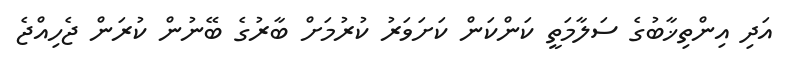
އަދި އިންތިޚާބުގެ ސަލާމަތީ ކަންކަން ކަށަވަރު ކުރުމަށް ބާރުގެ ބޭނުން ކުރަން ޖެހިއްޖެ